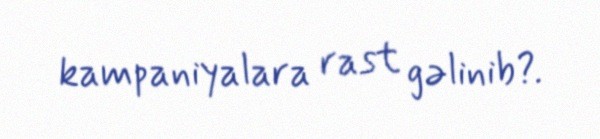
kampaniyalara rast gəlinib?.